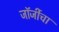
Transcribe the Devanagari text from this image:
जॉर्जीचा